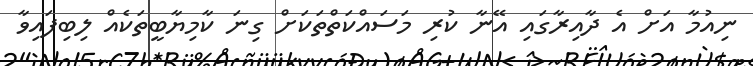
ނިއުމާ އަށް އެ ދާއިރާގައި އޭނާ ކުރި މަސައްކަތްތަކަށް ގިނަ ކާމިޔާބީތަކެއް ލިބިފައިވާ